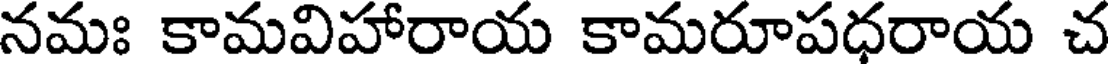
నమః కామవిహారాయ కామరూపధరాయ చ